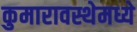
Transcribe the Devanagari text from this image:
कुमारावस्थेमध्ये